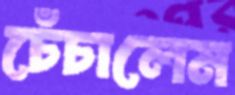
চেঁচালেম